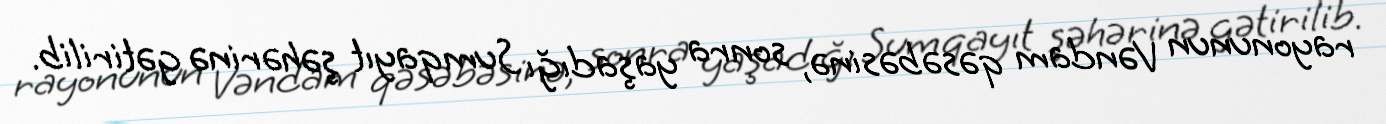
rayonunun Vəndam qəsəbəsinə, sonra yaşadığı Sumqayıt şəhərinə gətirilib.